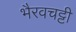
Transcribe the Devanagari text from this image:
भैरवचट्टी